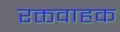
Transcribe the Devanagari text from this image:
रक्तवाहक